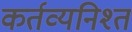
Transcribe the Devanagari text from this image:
कर्तव्यनिश्त